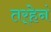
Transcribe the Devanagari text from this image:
तर्‍हेनं